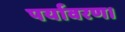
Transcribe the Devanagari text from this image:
पर्यावरण।